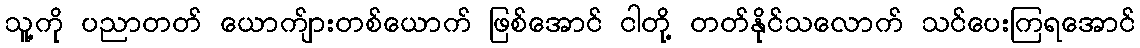
သူ့ကို ပညာတတ် ယောက်ျားတစ်ယောက် ဖြစ်အောင် ငါတို့ တတ်နိုင်သလောက် သင်ပေးကြရအောင်